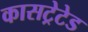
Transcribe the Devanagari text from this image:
कासट्रेटेड